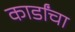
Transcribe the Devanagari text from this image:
कार्डांचा